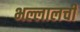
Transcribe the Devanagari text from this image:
भल्लालची